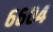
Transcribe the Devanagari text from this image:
६६०४